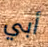
أبي